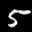
Label: 5